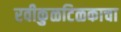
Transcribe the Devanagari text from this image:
रवीकुळटिळकाचा